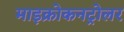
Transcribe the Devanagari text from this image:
माइक्रोकनट्रोलर